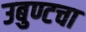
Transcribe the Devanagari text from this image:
उबुण्टचा